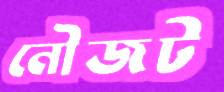
নৌজট